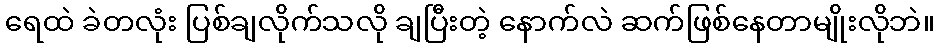
ရေထဲ ခဲတလုံး ပြစ်ချလိုက်သလို ချပြီးတဲ့ နောက်လဲ ဆက်ဖြစ်နေတာမျိုးလိုဘဲ။